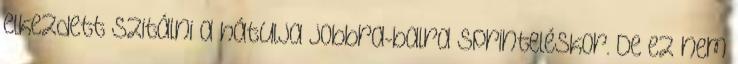
elkezdett szitálni a hátulja jobbra-balra sprinteléskor. De ez nem